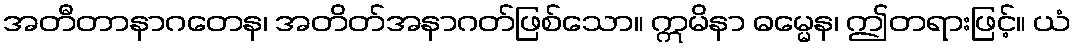
အတီတာနာဂတေန၊ အတိတ်အနာဂတ်ဖြစ်သော။ ဣမိနာ ဓမ္မေန၊ ဤတရားဖြင့်။ ယံ